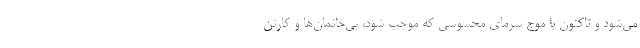
می‌شود و تاکنون با موج سرمای محسوسی که موجب شود، بی‌خانمان‌ها و کارتن